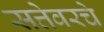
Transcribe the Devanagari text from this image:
सत्तेवरचे